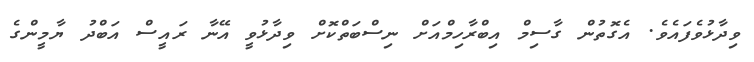
ވިދާޅުވެފައެވެ. އެގޮތުން ގާސިމް އިބްރާހިމްއަށް ނިސްބަތްކޮށް ވިދާޅުވީ އޭނާ ރައީސް އަބްދު ޔާމީންގެ